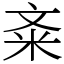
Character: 㪰